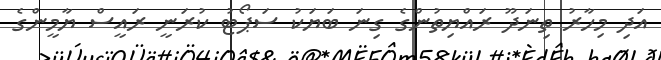
އަދި މިހާރު ތިނަދޫ ރައްޔިތުންގެ ގިނަ ބަޔަކު ސަޕޯޓު ކުރަނީ ރައީސް ޔާމީންގެ